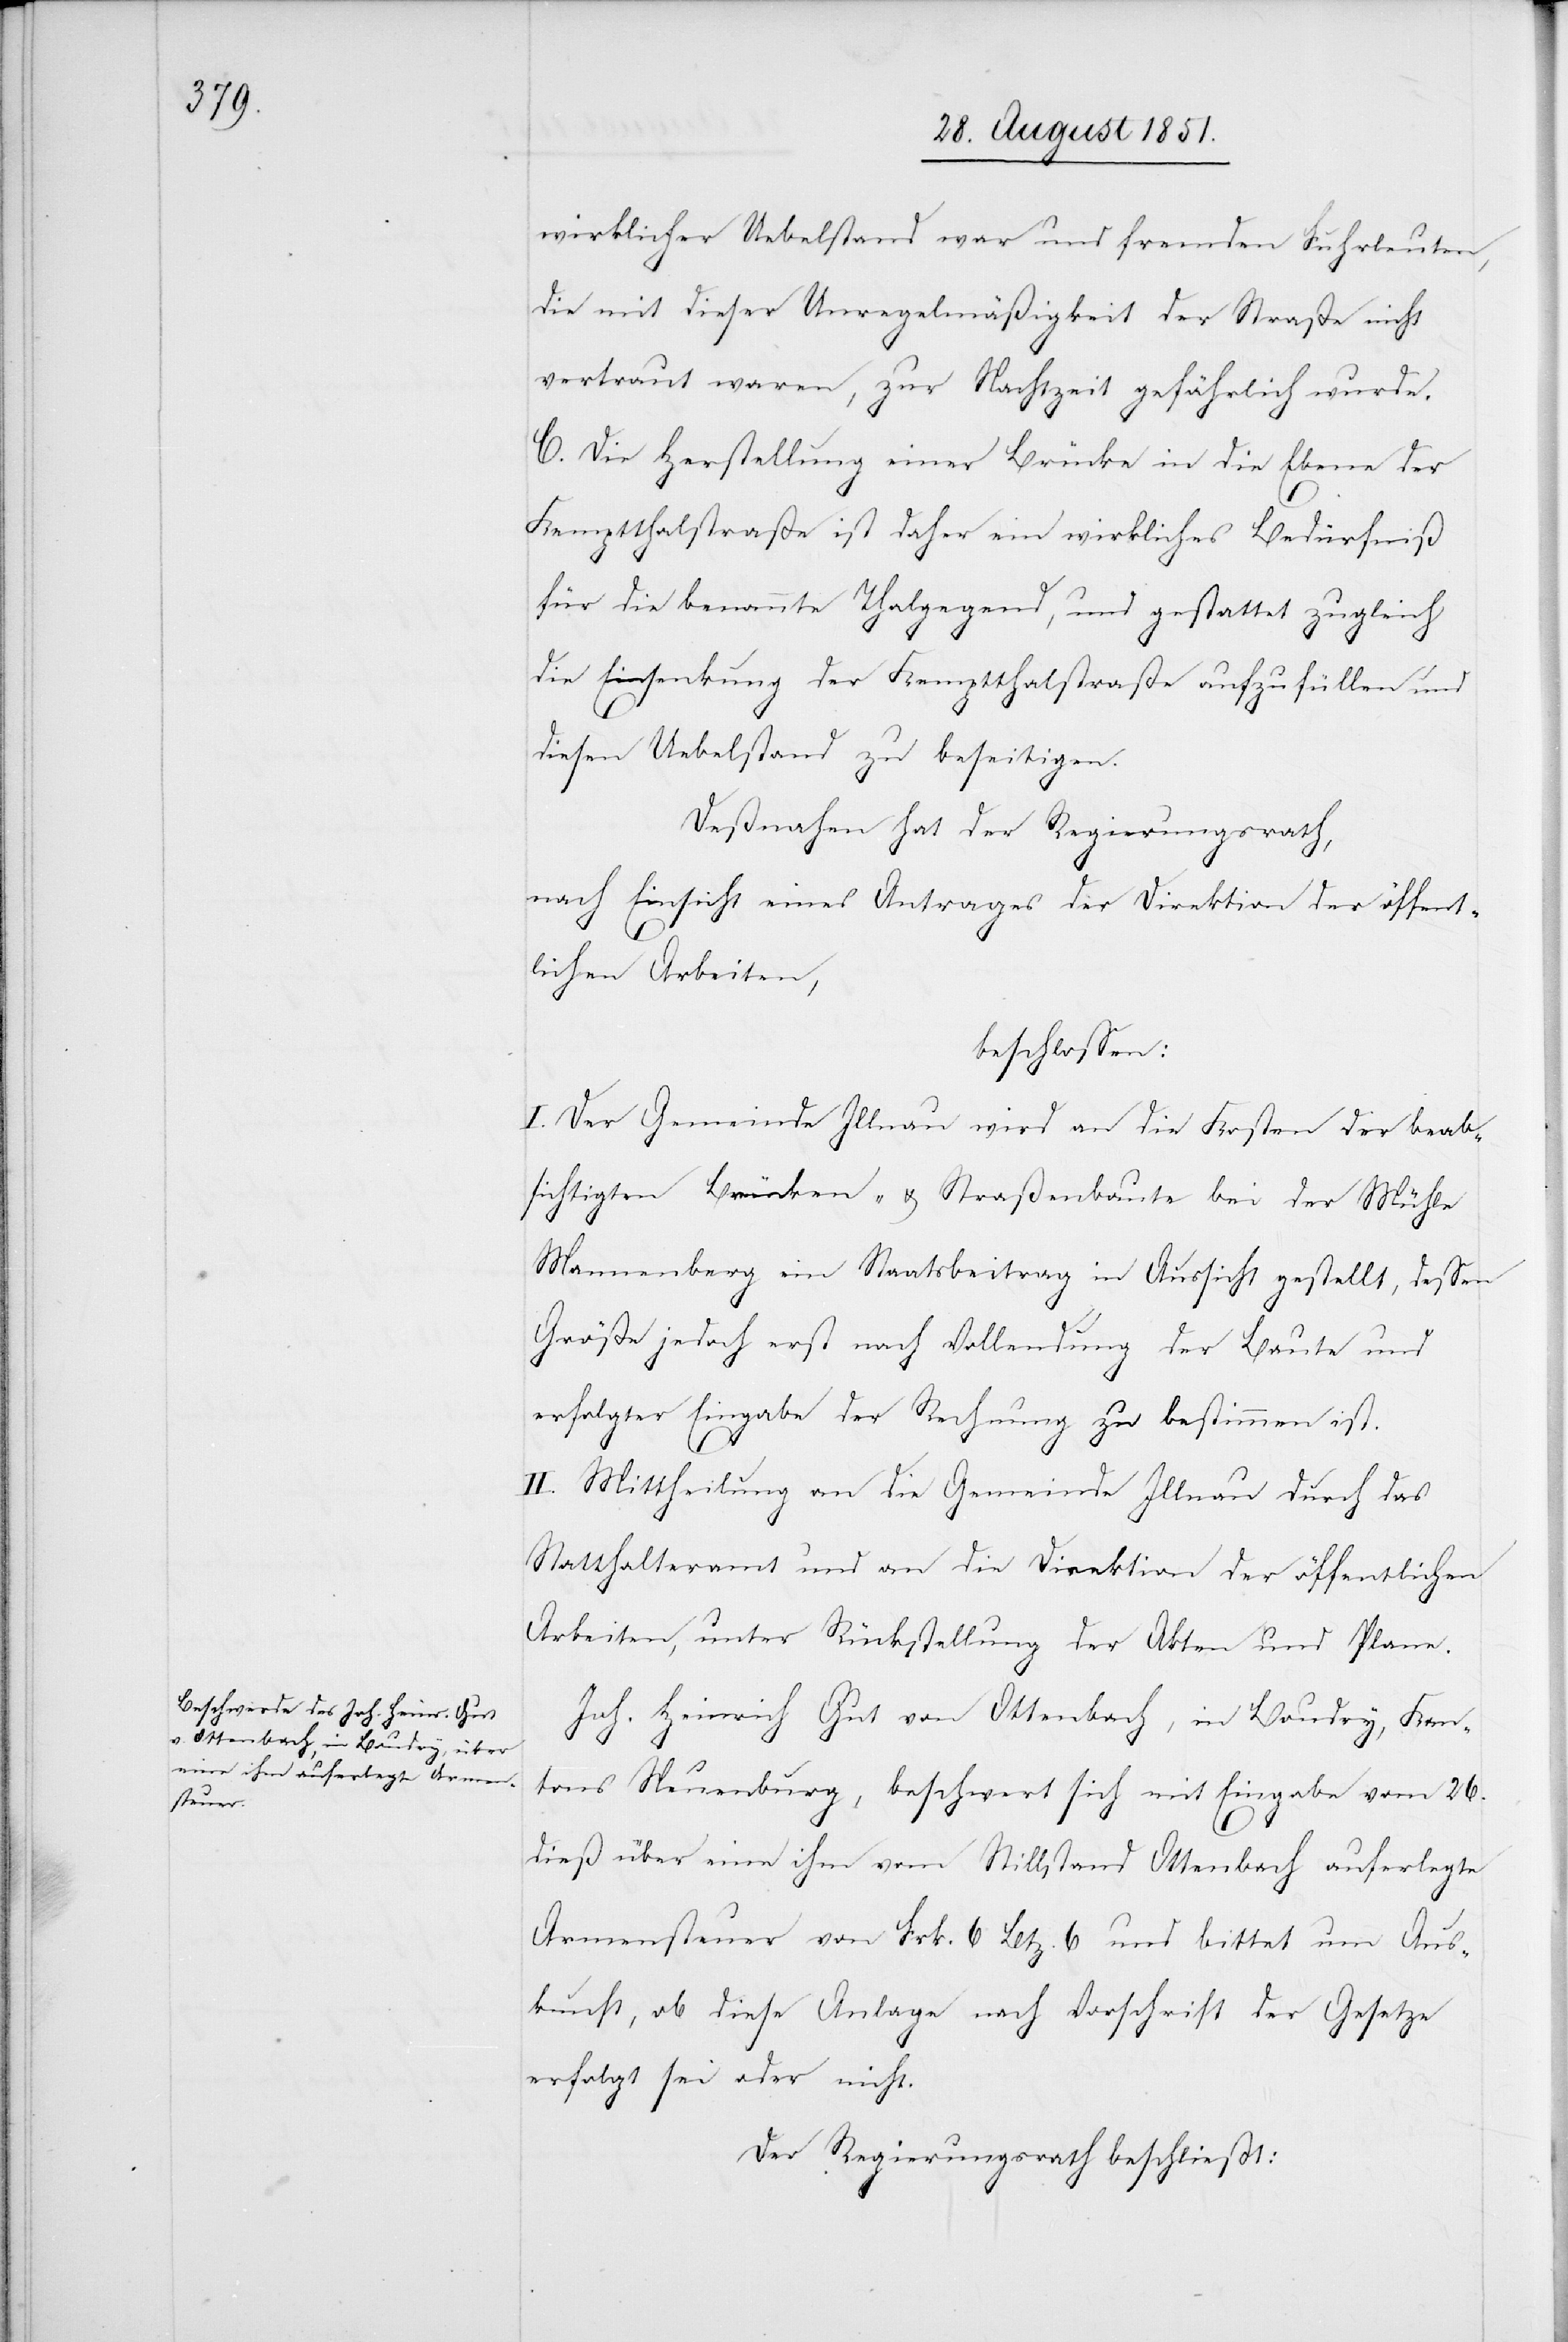
wirklicher Uebelstand war und fremden Fuhrleuten,
die mit dieser Unregelmäßigkeit der Straße nicht
vertraut waren, zur Nachtzeit gefährlich wurde.
C. Die Herstellung einer Brücke in die Ebene der
Kemptthalstraße ist daher ein wirkliches Bedürfniß
für die benannte Thalgegend, und gestattet zugleich
die Einsenkung der Kemptthalstraße aufzufüllen und
diesen Uebelstand zu beseitigen.
Deßnahen hat der Regierungsrath,
nach Einsicht eines Antrages der Direktion der öffent¬
lichen Arbeiten,
beschlossen:
I. Der Gemeinde Illnau wird an die Kosten der beab¬
sichtigten Brücken- & Straßenbaute bei der Mühle
Mannenberg ein Staatsbeitrag in Aussicht gestellt, dessen
Größe jedoch erst nach Vollendung der Baute und
erfolgter Eingabe der Rechnung zu bestimmen ist.
II. Mittheilung an die Gemeinde Illnau durch das
Statthalteramt und an die Direktion der öffentlichen
Arbeiten, unter Rückstellung der Akten und Plane.
Joh. Heinrich Gut von Ottenbach, in Boudry, Kan¬
tons Neuenburg, beschwert sich mit Eingabe vom 26.
dieß über eine ihm vom Stillstand Ottenbach auferlegte
Armensteuer von Frk. 6 Btz. 6 und bittet um Aus¬
kunft, ob diese Anlage nach Vorschrift der Gesetze
erfolgt sei oder nicht.
Der Regierungsrath beschließt: